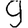
Digit: 9